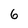
Character: 6